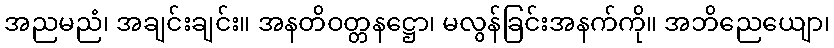
အညမညံ၊ အချင်းချင်း။ အနတိဝတ္တနဋ္ဌော၊ မလွန်ခြင်းအနက်ကို။ အဘိညေယျော၊